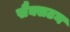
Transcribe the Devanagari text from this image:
सैक्सटन